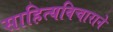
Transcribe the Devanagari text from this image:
साहित्यविचाराने